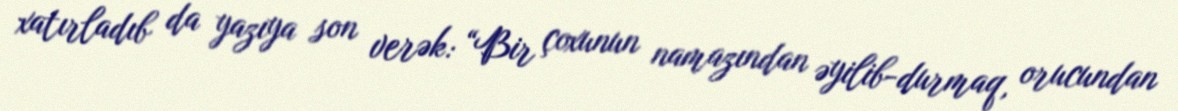
xatırladıb da yazıya son verək: “Bir çoxunun namazından əyilib-durmaq, orucundan